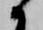
候